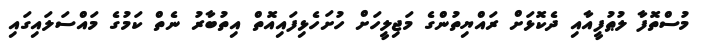
މުސްތޮފާ ލުޠުފީއާއި ދެކޮޅަށް ރައްޔިތުންގެ މަޖިލީހަށް ހުށަހެޅިފައިއޮތް އިތުބާރު ނެތް ކަމުގެ މައްސަލައިގައި